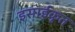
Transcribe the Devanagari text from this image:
इसाईकृत